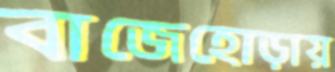
বাজেহোড়ায়